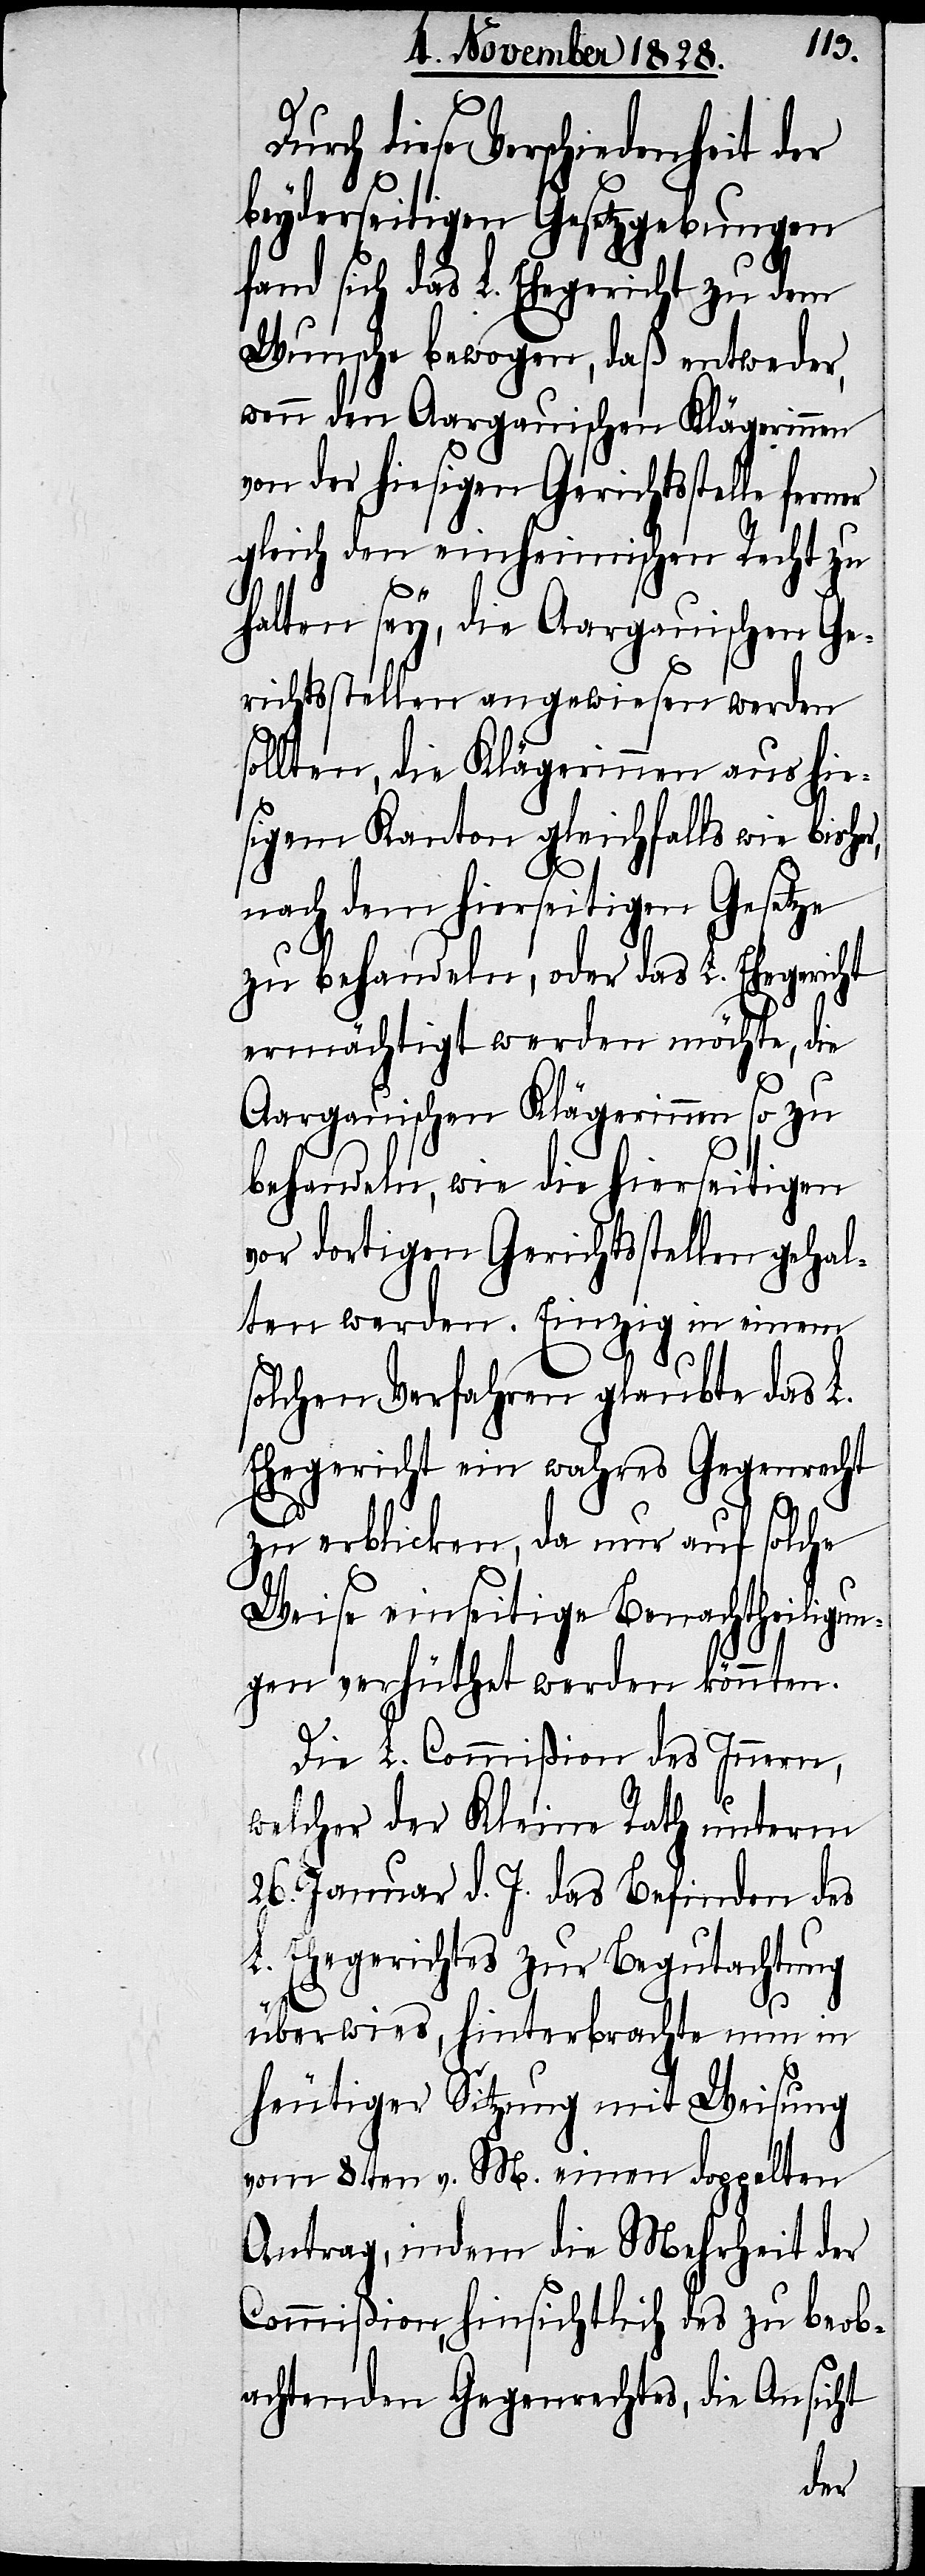
Durch diese Verschiedenheit der
beyderseitigen Gesetzgebungen
fand sich das L. Ehegericht zu dem
Wunsche bewogen, daß entweder,
wenn den Aargauischen Klägerinnen
von der hiesigen Gerichtsstelle
gleich den einheimischen Recht zu
halten sey, die Aargauischen Ge¬
richtsstellen angewiesen werden
sollten, die Klägerinnen aus hie¬
sigem Kanton gleichfalls wie bisher,
nach dem hierseitigen Gesetze
zu behandeln, oder das L. Ehegericht
ermächtigt werden möchte, die
Aargauischen Klägerinnen so zu
behandeln, wie die hierseitigen
vor dortigen Gerichtsstellen gehal¬
ten werden. Einzig in einem
solchen Verfahren glaubte das L.
Ehegericht ein wahres Gegenrecht
zu erblicken, da nur auf solche
Weise einseitige Benachtheiligun¬
gen verhüthet werden könnten.
Die L. Commißion des Innern,
welcher der Kleine Rath unterm
26. Januar d. J. das Befinden des
L. Ehegerichtes zur Begutachtung
überwies, hinterbrachte nun in
heutiger Sitzung mit Weisung
vom 8ten v. M. einen doppelten
Antrag, indem die Mehrheit der
Commißion, hinsichtlich des zu beob¬
achtenden Gegenrechtes, die Ansicht